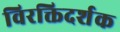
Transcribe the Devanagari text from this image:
विरक्तिदर्शक